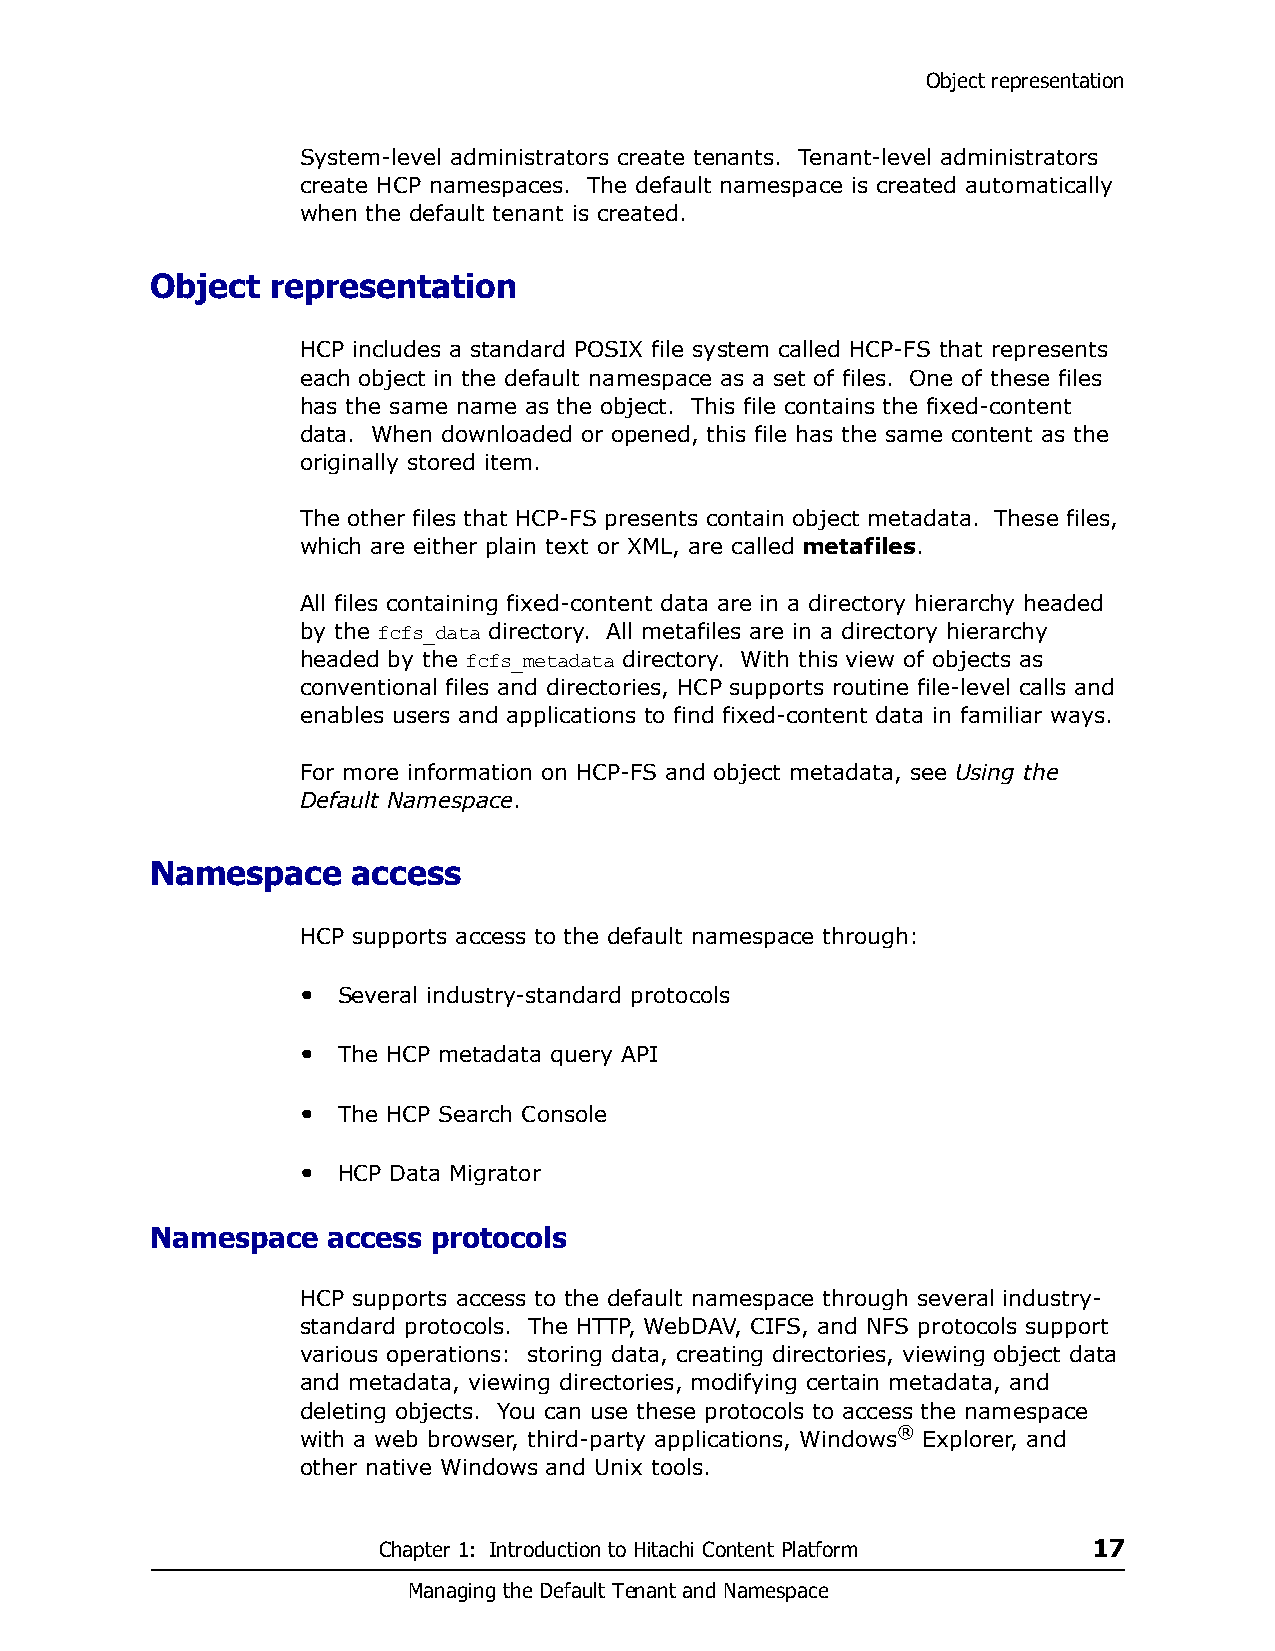
Object representation
 System-level administrators create tenants. Tenant-level administrators
 create HCP namespaces. The default namespace is created automatically
 when the default tenant is created.
 Object  representation
 HCP includes a standard POSIX file system called HCP-FS that represents
 each object in the default namespace as a set of files. One of these files
 has the same name as the object. This file contains the fixed-content
 data. When downloaded or opened, this file has the same content as the
 originally stored item.
 The other files that HCP-FS presents contain object metadata. These files,
 which are either plain text or XML, are called metafiles.
 All files containing fixed-content data are in a directory hierarchy headed
 by the fcfs_data directory. All metafiles are in a directory hierarchy
 headed by the fcfs_metadata directory. With this view of objects as
 conventional files and directories, HCP supports routine file-level calls and
 enables users and applications to find fixed-content data in familiar ways.
 For more information on HCP-FS and object metadata, see Using the
 Default Namespace.
 Namespace    access
 HCP supports access to the default namespace through:
 • Several industry-standard protocols
 • The HCP metadata query API
 • The HCP Search Console
 • HCP Data Migrator
 Namespace   access protocols
 HCP supports access to the default namespace through several industry-
 standard protocols. The HTTP, WebDAV, CIFS, and NFS protocols support
 various operations: storing data, creating directories, viewing object data
 and metadata, viewing directories, modifying certain metadata, and
 deleting objects. You can use these protocols to access the namespace
 with a web browser, third-party applications, Windows® Explorer, and
 other native Windows and Unix tools.
 Chapter 1: Introduction to Hitachi Content Platform 17
 Managing the Default Tenant and Namespace